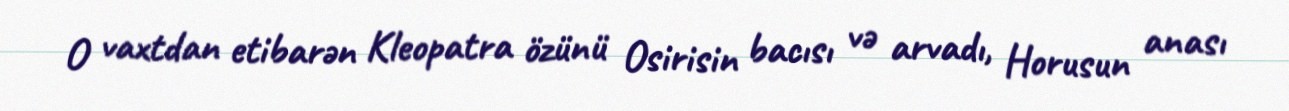
O vaxtdan etibarən Kleopatra özünü Osirisin bacısı və arvadı, Horusun anası